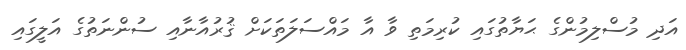
އަދި މުސްލިމުންގެ ޙަޔާތުގައި ކުރިމަތި ވާ އާ މައްސަލަތަކަށް ޤުރުއާނާއި ސުންނަތުގެ އަލީގައި